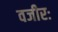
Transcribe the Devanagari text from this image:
वजीरः